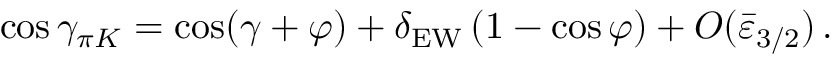
\cos \gamma _ { \pi K } = \cos ( \gamma + \varphi ) + \delta _ { \mathrm { E W } } \, ( 1 - \cos \varphi ) + O ( \bar { \varepsilon } _ { 3 / 2 } ) \, .